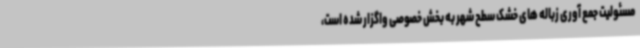
مسئولیت جمع آوری زباله های خشک سطح شهر به بخش خصوصی واگزار شده است،